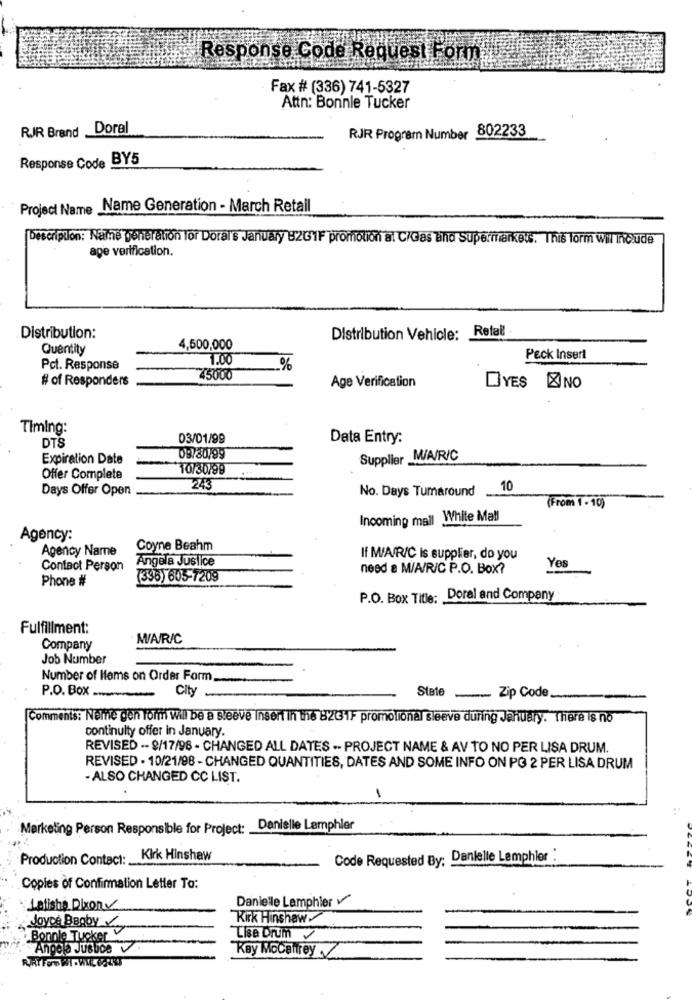
Response Code Request Form
Fax # (336) 741-5327
Attn: Bonnle Tucker
RJR Brand _Doral
RJR Program Number 802233
Response Code BY5
Project Name Name Generation - March Retail
Description: Name generation Tor Doral's January 82GIF promotion a: C/Gas lino Supermarkets. This form will Include
age verification.
Distribution:
Distribution Vehicle: Retail
Quantity
4,500,000
7.00
Peck Insert
Pct. Response
%
# of Responders
45000
Age Verification
DIYES NO
Timing:
DTS
03/01/99
Data Entry:
Expiration Date
09/30/99
Supplier M/A/R/C
10730799
Offer Complete
Days Offer Open
24
No. Days Tumaround
10
(From 1 - 10)
Incoming mall White Mall
Agency:
Agency Name
Coyne Beahm
Angela Juslice
If M/A/R/C is supplier, do you
Contact Person
need a M/A/R/C P.O. Box?
Yes
Phone #
(336) 605-7209
P.O. Box Title: Doral and Company
Fulfillment:
W/A/R/C
Company
Job Number
Number of Hems on Order Form.
City
State
P.O. Box
- Zip Code.
Comments: Nelne gen form will be a steeve Insert in the 8231F promotional sleeve during January. There is no
continuity offer in January.
REVISED -- 9/17/98 - CHANGED ALL DATES ·· PROJECT NAME & AV TO NO PER LISA DRUM.
REVISED - 10/21/98 - CHANGED QUANTITIES, DATES AND SOME INFO ON PG 2 PER LISA DRUM
- ALSO CHANGED CC LIST.
1
Marketing Person Responsible for Project: Danielle Lamphier
Production Contact:
Kirk Hinshaw
Code Requested By: Danielle Lemphier :
Copies of Confirmation Letter To:
Danielle Lamphier v
Latisha Dixon
Kirk Hinshaw
Joyce Bagby
Bonnle Tucker
Lise Drum
Angela Justice
RATFORWI .WIE CZNY
Key Mccaffrey